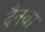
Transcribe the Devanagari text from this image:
दैनवा